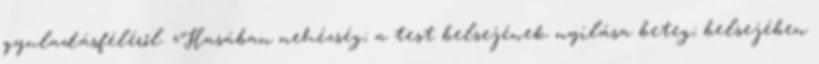
gyuladásféléről. «Hasában nehézség; a test belsejének nyilása beteg; belsejében